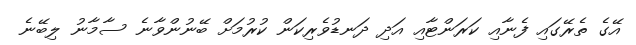
އޭގެ ތެރޭގައި ފެނާއި ކަރަންޓާއި އަދި ދަނޑުވެރިކަން ކުރުމަށް ބޭނުންވާނެ ސާމާނު ލިބޭނެ